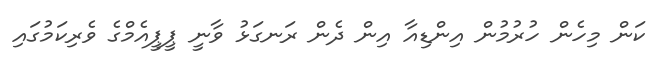
ކަން މިހެން ހުރުމުން އިންޑިއާ އިން ދެން ރަނގަޅު ވާނީ ޕީޕީއެމްގެ ވެރިކަމުގައި